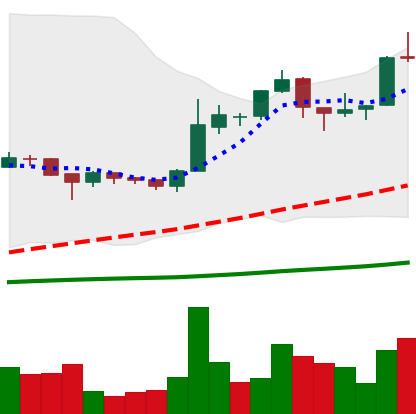
Ticker: BTC-USD
Chart end date: 2015-12-06
Forward return: 16.244%
Label: up_7plus